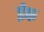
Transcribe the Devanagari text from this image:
ईंक